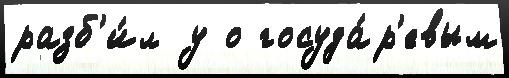
разб'и́л у о госуда́р'евым